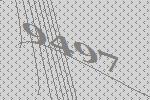
9497